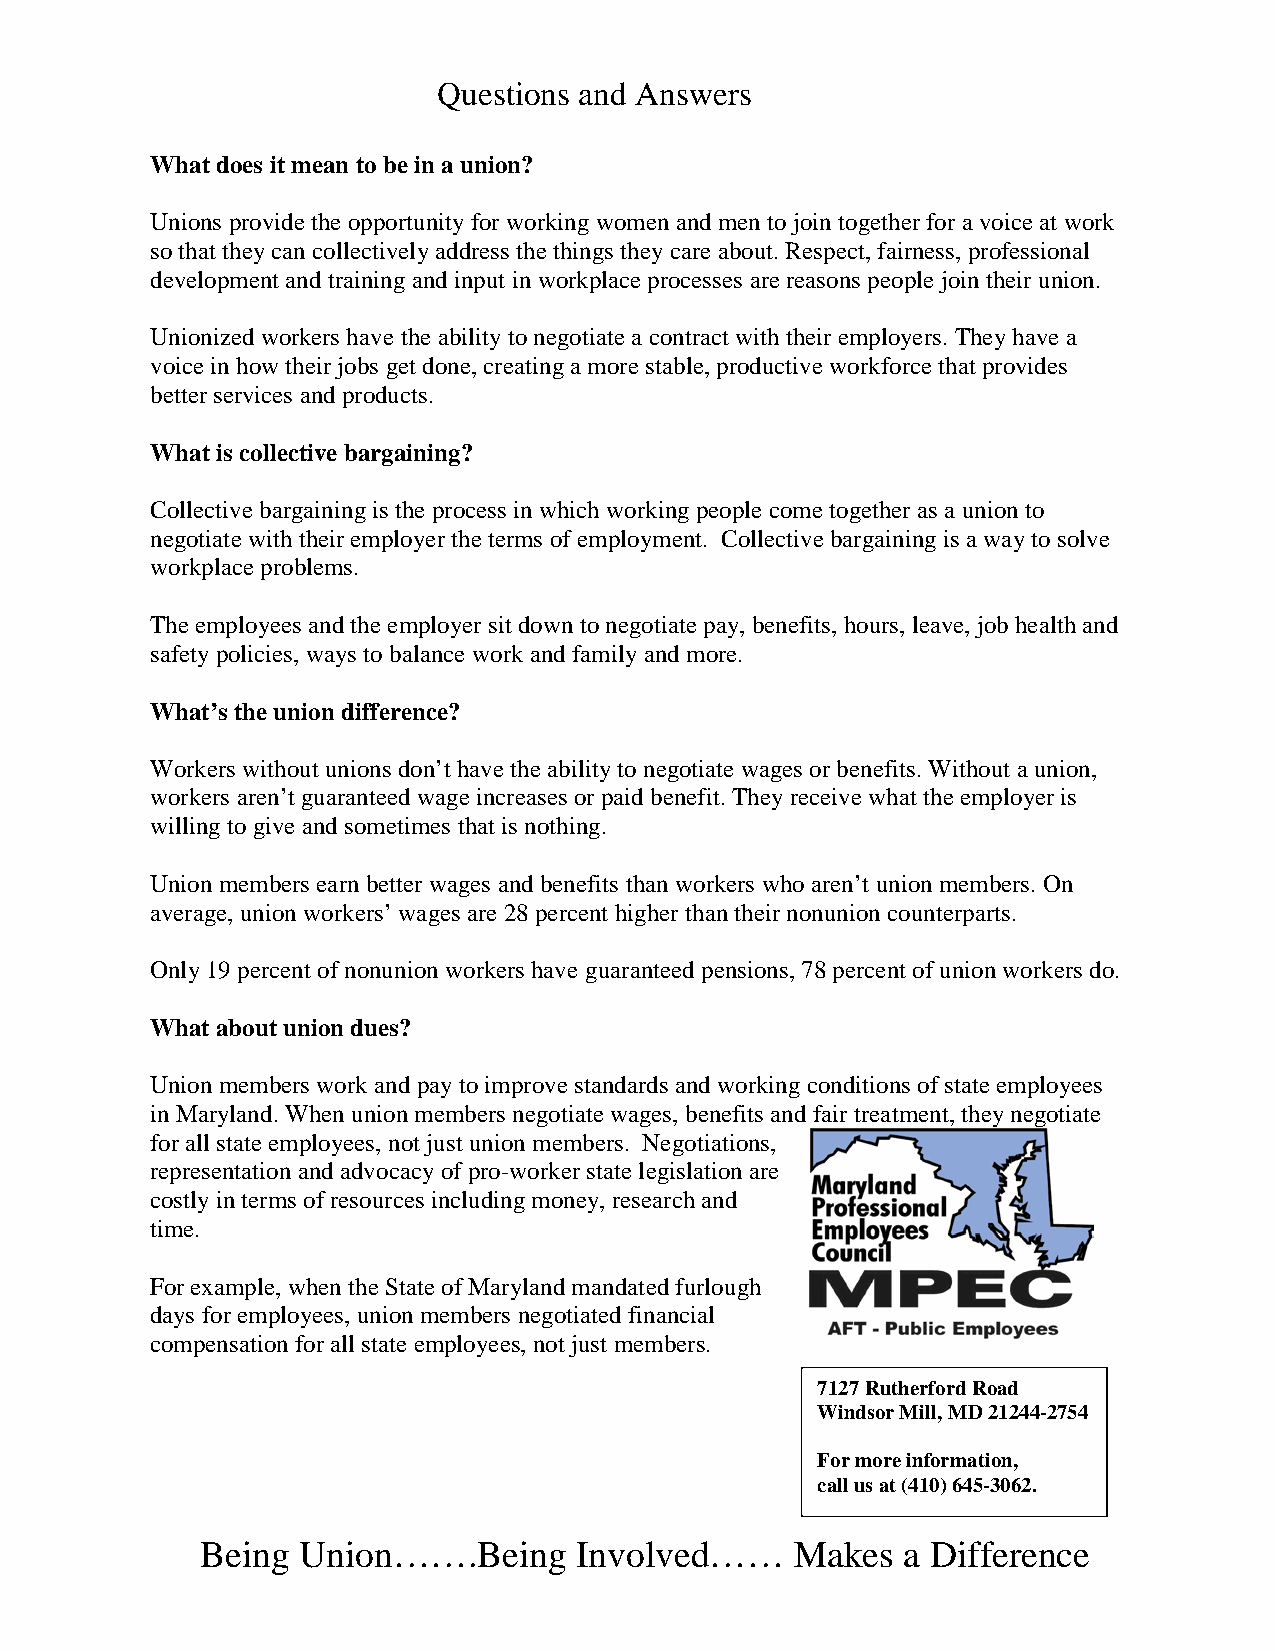
Questions and Answers
 What does it mean to be in a union?
 Unions provide the opportunity for working women and men to join together for a voice at work
 so that they can collectively address the things they care about. Respect, fairness, professional
 development and training and input in workplace processes are reasons people join their union.
 Unionized workers have the ability to negotiate a contract with their employers. They have a
 voice in how their jobs get done, creating a more stable, productive workforce that provides
 better services and products.
 What is collective bargaining?
 Collective bargaining is the process in which working people come together as a union to
 negotiate with their employer the terms of employment. Collective bargaining is a way to solve
 workplace problems.
 The employees and the employer sit down to negotiate pay, benefits, hours, leave, job health and
 safety policies, ways to balance work and family and more.
 What’s the union difference?
 Workers without unions don’t have the ability to negotiate wages or benefits. Without a union,
 workers aren’t guaranteed wage increases or paid benefit. They receive what the employer is
 willing to give and sometimes that is nothing.
 Union members earn better wages and benefits than workers who aren’t union members. On
 average, union workers’ wages are 28 percent higher than their nonunion counterparts.
 Only 19 percent of nonunion workers have guaranteed pensions, 78 percent of union workers do.
 What about union dues?
 Union members work and pay to improve standards and working conditions of state employees
 in Maryland. When union members negotiate wages, benefits and fair treatment, they negotiate
 for all state employees, not just union members. Negotiations,
 representation and advocacy of pro-worker state legislation are
 costly in terms of resources including money, research and
 time.
 For example, when the State of Maryland mandated furlough
 days for employees, union members negotiated financial
 compensation for all state employees, not just members.
 7127 Rutherford Road
 Windsor Mill, MD 21244-2754
 For more information,
 call us at (410) 645-3062.
 Being  Union…….Being     Involved……     Makes  a Difference